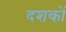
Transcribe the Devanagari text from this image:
दशकाें